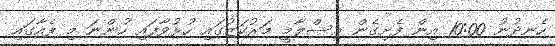
ހެނދުނު 10:00 އިން ފެށިގެން އިސްލާމީ މަރުކަޒުގައި ހުޅުވާފައި ހުންނަ މި ފެއާގައި